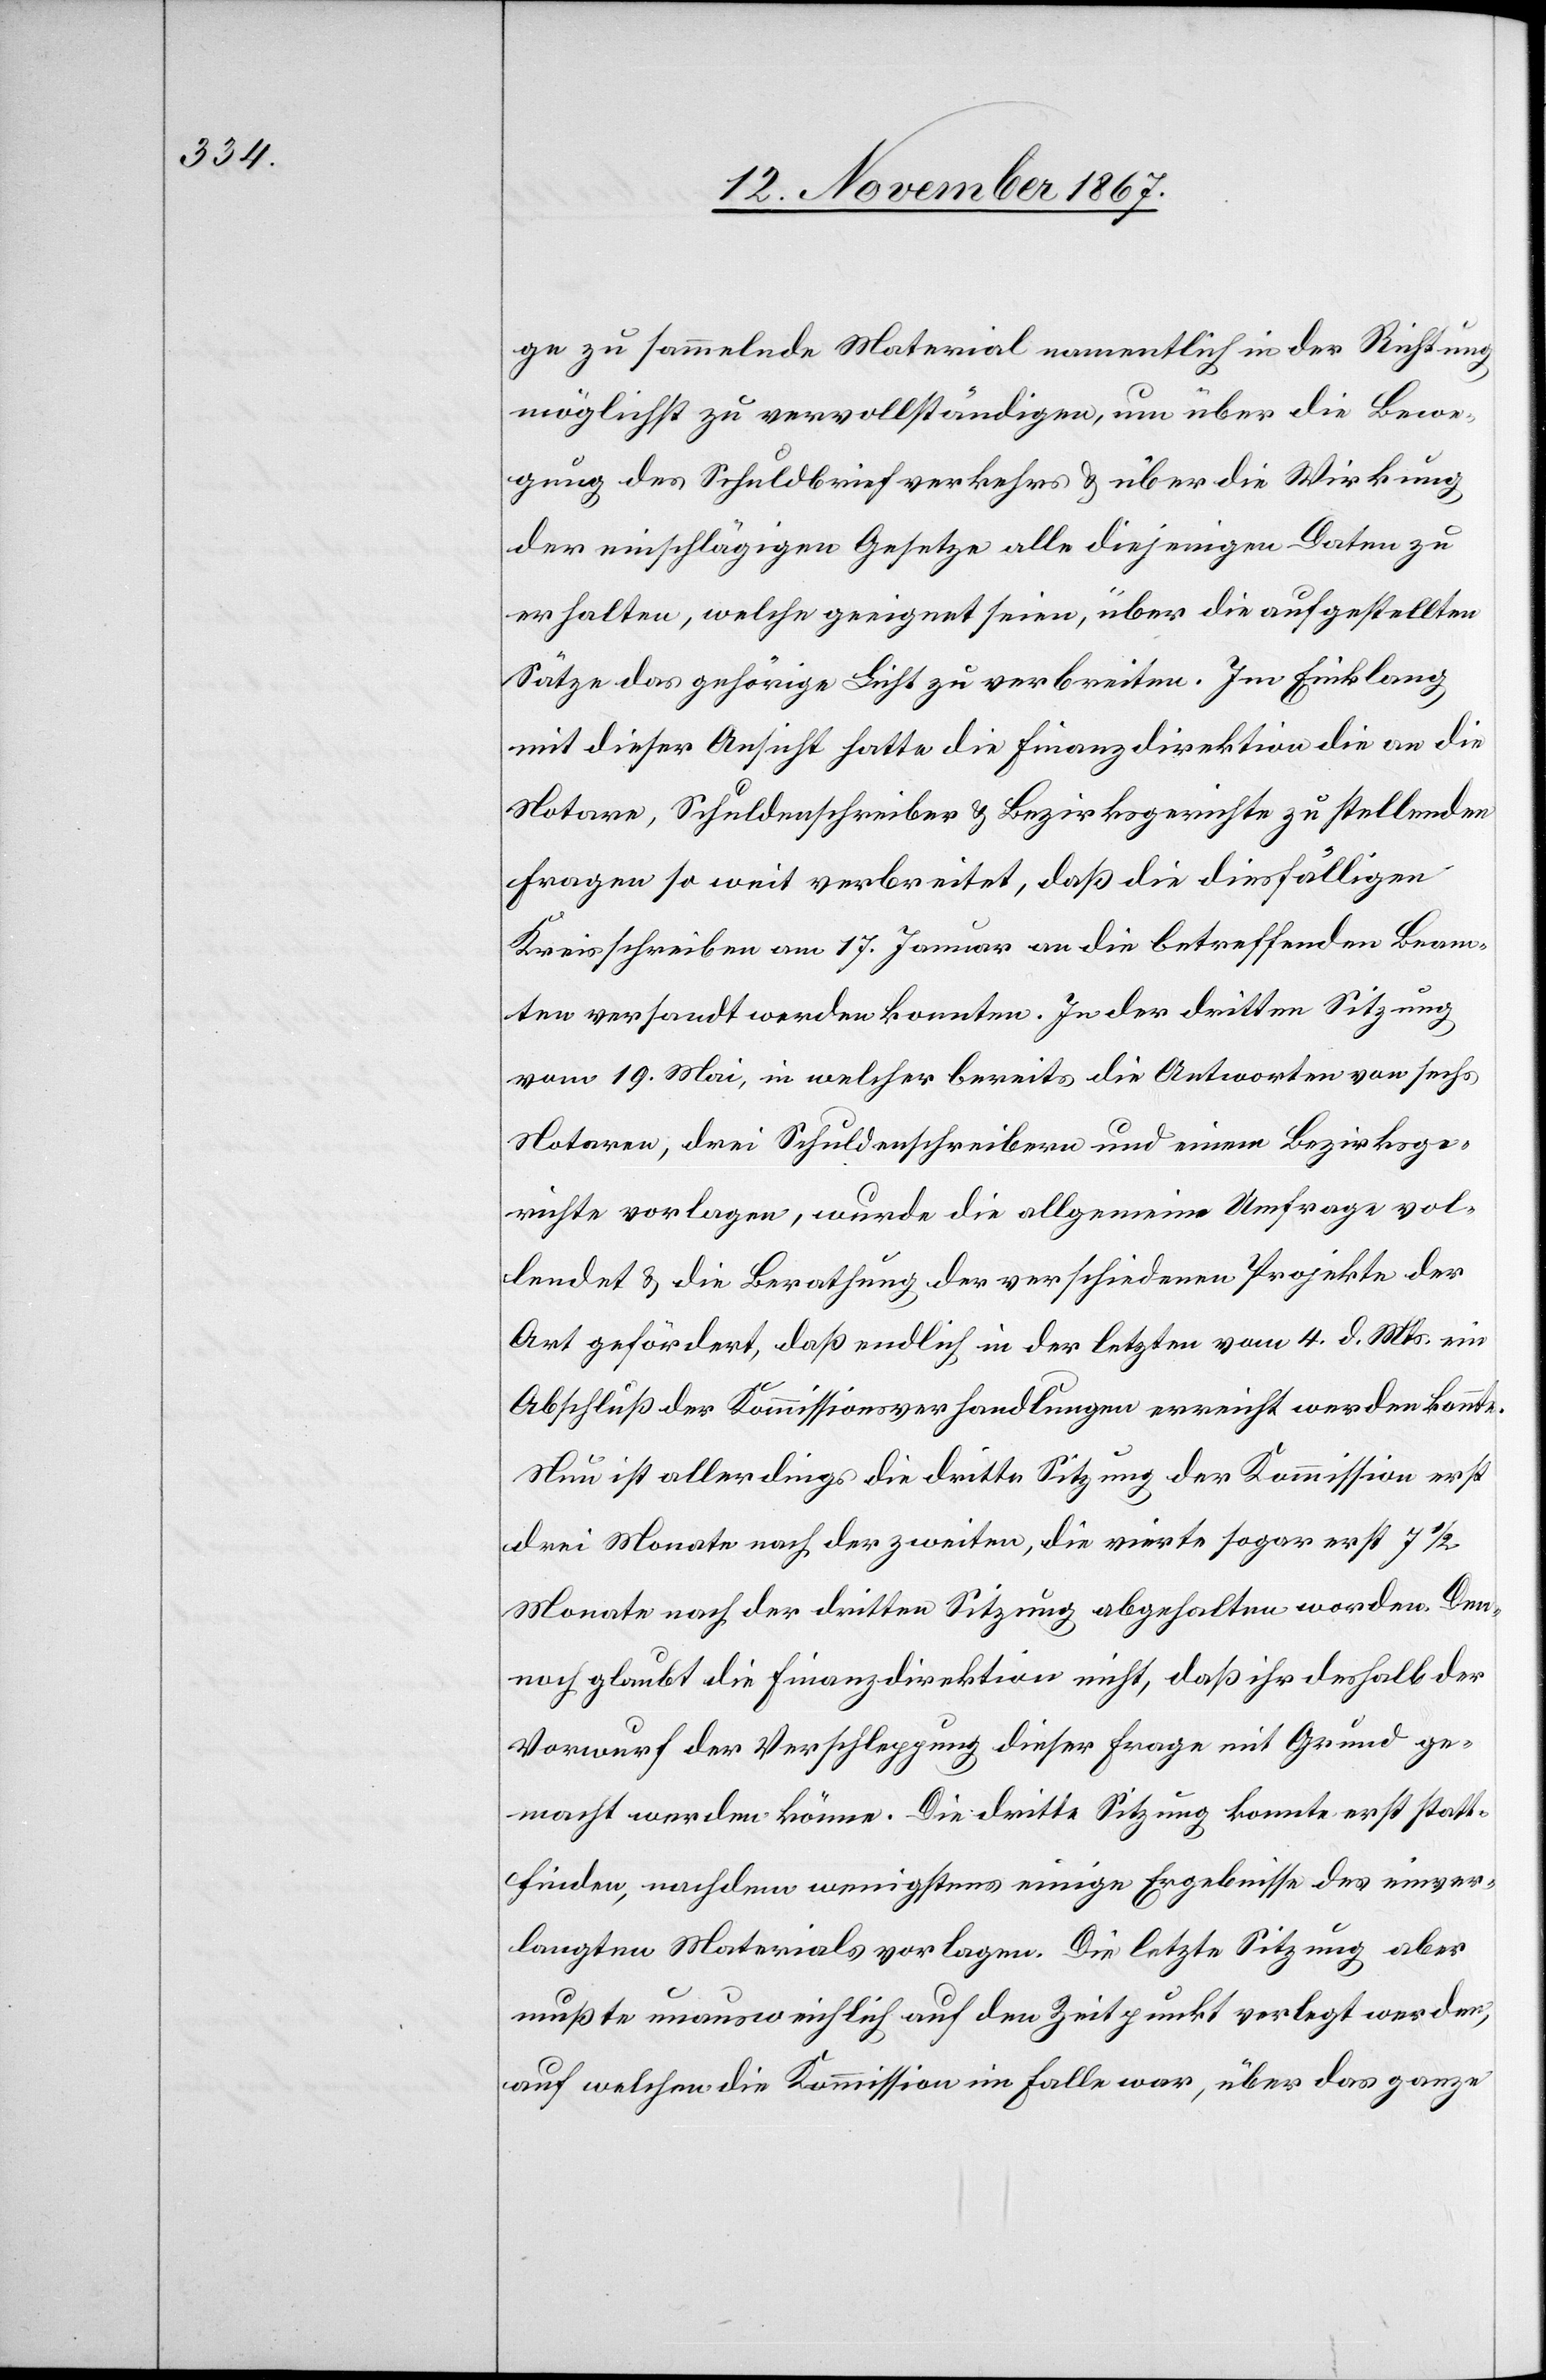
ge zu sammelnde Material namentlich in der Richtung
möglichst zu vervollständigen, um über die Wirkung
der einschlägigen Gesetze alle diejenigen Daten zu
erhalten, welche geeignet seien, über die aufgestellten
Sätze das gehörige Licht zu verbreiten. Im Einklang
mit dieser Ansicht hatte die Finanzdirektion die an die
Notare, Schuldenschreiber u. Bezirksgerichte zu stellenden
Fragen so weit verbreitet, daß die diesfälligen
Kreisschreiben am 17. Januar an die betreffenden Beam¬
ten versandt werden konnten. In der dritten Sitzung
vom 19. Mai, in welcher bereits die Antworten von sechs
Notaren, drei Schuldenschreibern und einem Bezirksge¬
richte vorlagen, wurde die allgemeine Umfrage vol¬
lendet u. die Berathung der verschiedenen Projekte der
Art gefördert, daß endlich in der letzten vom 4. d. Mts. ein
Abschluß der Komissionsverhandlungen erreicht werden konnte.
Nun ist allerdings die dritte Sitzung der Kommission erst
drei Monate nach der zweiten, die vierte sogar erst 7 1/2
Monate nach der dritten Sitzung abgehalten worden. Den¬
noch glaubt die Finanzdirektion nicht, daß ihr deshalb der
Vorwurf der Verschleppung dieser Frage mit Grund ge¬
macht werden könne. Die dritte Sitzung konnte erst statt¬
finden, nachdem wenigstens einige Ergebnisse des einver¬
langten Materials vorlagen. Die letzte Sitzung aber
mußte unausweichlich auf den Zeitpunkt verlegt werden,
auf welchen die Kommission im Falle war, über das ganze